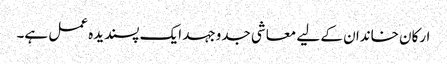
ارکان خاندان کے لیے معاشی جدوجہد ایک پسندیدہ عمل ہے۔